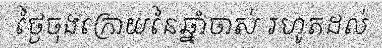
ថ្ងៃចុងក្រោយនៃឆ្នាំចាស់ រហូតដល់